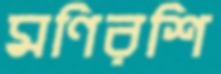
মণিরশি